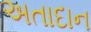
અતાદાન